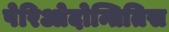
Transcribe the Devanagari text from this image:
पेरिओदोन्तितिस